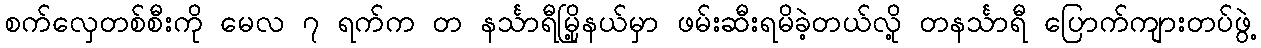
စက်လှေတစ်စီးကို မေလ ၇ ရက်က တ နင်္သာရီမြို့နယ်မှာ ဖမ်းဆီးရမိခဲ့တယ်လို့ တနင်္သာရီ ပြောက်ကျားတပ်ဖွဲ့